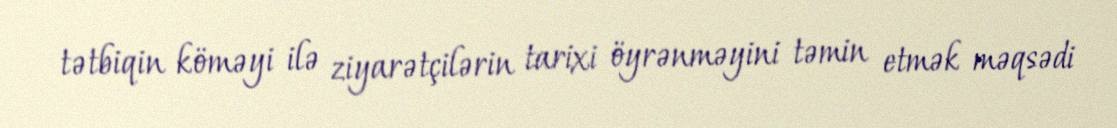
tətbiqin köməyi ilə ziyarətçilərin tarixi öyrənməyini təmin etmək məqsədi